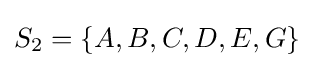
S_{2}=\{A,B,C,D,E,G\}